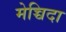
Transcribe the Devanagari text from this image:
मेच्चिदा